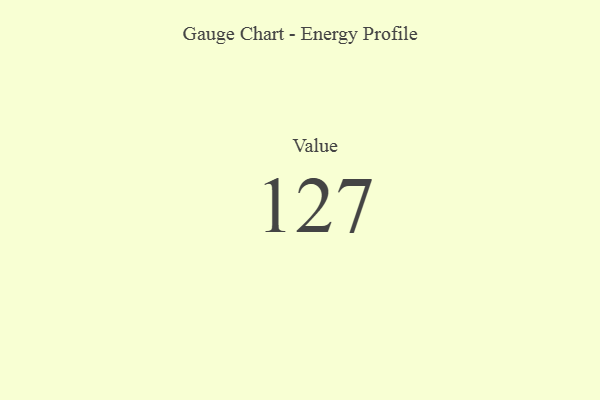
{"axis": {"x": "Metric", "y": "Value"}, "legend": [""], "data": [{"x": "Value", "y": 127, "type": ""}]}